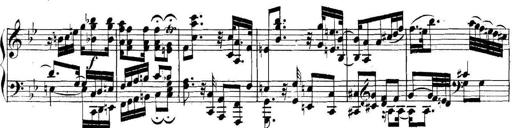
Title: Collected Piano Sonatas
Composer: Muzio Clementi